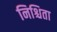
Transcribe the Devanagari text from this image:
निश्चिता